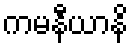
ကမနီယာနိ